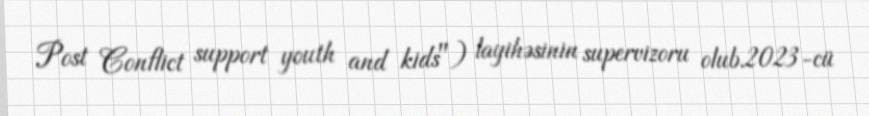
Post Conflict support youth and kids") layihəsinin supervizoru olub.2023-cü